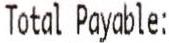
TOTAL PAYABLE: